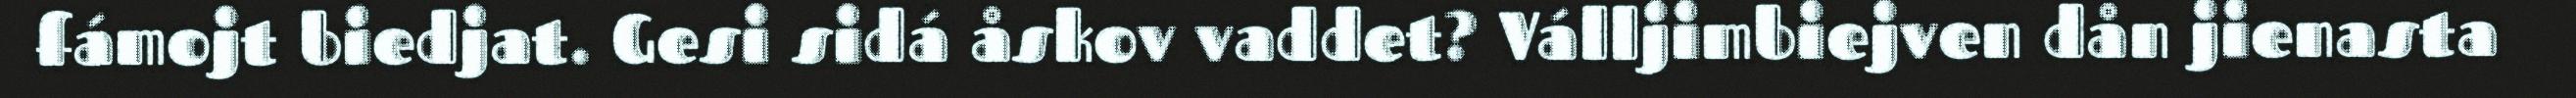
fámojt biedjat. Gesi sidá åskov vaddet? Válljimbiejven dån jienasta